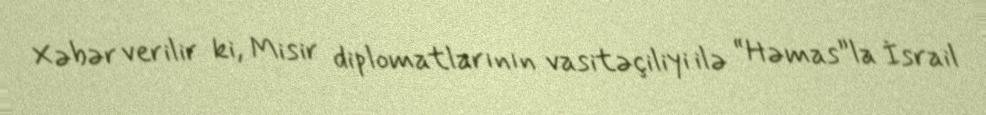
Xəbər verilir ki, Misir diplomatlarının vasitəçiliyi ilə “Həmas”la İsrail